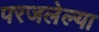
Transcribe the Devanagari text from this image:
परजलेल्या